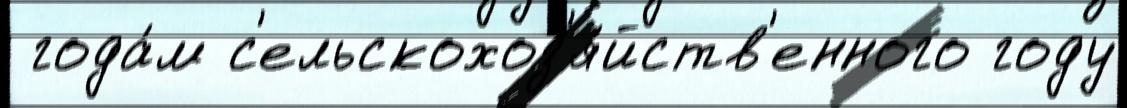
 года́м с'ельскохоз'я́йств'енного году